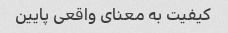
کیفیت به معنای واقعی پایین